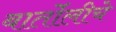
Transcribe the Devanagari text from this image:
बार्तोलीचे